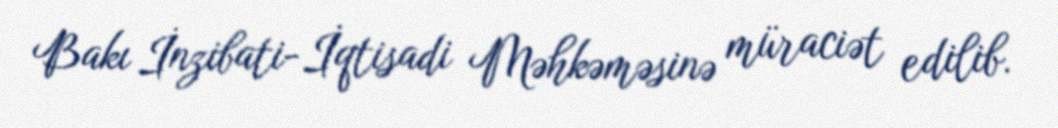
Bakı İnzibati-İqtisadi Məhkəməsinə müraciət edilib.